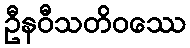
ဦနဝီသတိဝဿေ